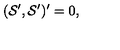
( { \cal S } ^ { \prime } , { \cal S } ^ { \prime } ) ^ { \prime } = 0 ,